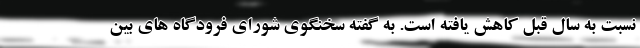
نسبت به سال قبل کاهش یافته است. به گفته سخنگوی شورای فرودگاه های بین